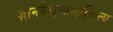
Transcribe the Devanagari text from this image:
ज्ञानवैराग्यमाश्रित्य